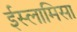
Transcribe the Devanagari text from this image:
ईस्लामिसा